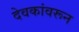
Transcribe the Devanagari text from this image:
देवकांवरून